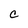
Character: C